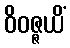
ဝိဝဇ္ဇယိံ